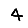
Digit: 4